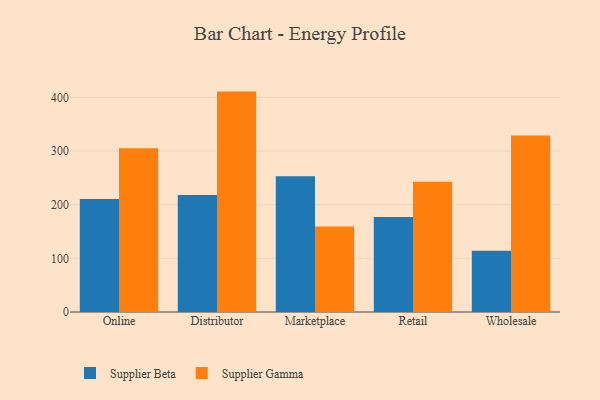
{"axis": {"x": "Channel", "y": "Backlog"}, "legend": ["Supplier Beta", "Supplier Gamma"], "data": [{"x": "Online", "y": 210.5, "type": "Supplier Beta"}, {"x": "Online", "y": 305.2, "type": "Supplier Gamma"}, {"x": "Distributor", "y": 218.0, "type": "Supplier Beta"}, {"x": "Distributor", "y": 410.7, "type": "Supplier Gamma"}, {"x": "Marketplace", "y": 253.1, "type": "Supplier Beta"}, {"x": "Marketplace", "y": 159.4, "type": "Supplier Gamma"}, {"x": "Retail", "y": 176.8, "type": "Supplier Beta"}, {"x": "Retail", "y": 242.6, "type": "Supplier Gamma"}, {"x": "Wholesale", "y": 114.1, "type": "Supplier Beta"}, {"x": "Wholesale", "y": 328.9, "type": "Supplier Gamma"}]}